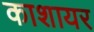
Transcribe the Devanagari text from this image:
काशायर